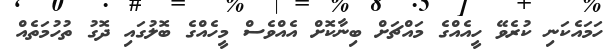
ހަމައެކަނި ކުރެވޭ ހީއެއްގެ މައްޗަށް ބިނާކޮށް އެއްވެސް މީހެއްގެ ބޮލުގައި ދޮގު ތުހުމަތެއް